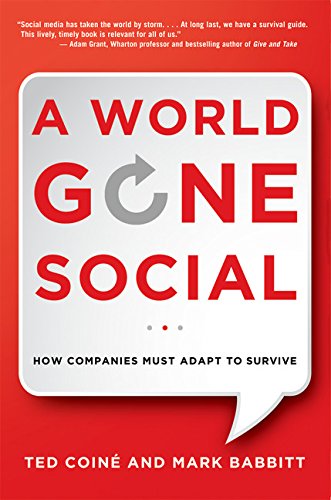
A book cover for A World Gone Social: How Companies Must Adapt to Survive; Ted Coine; Computers & Technology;